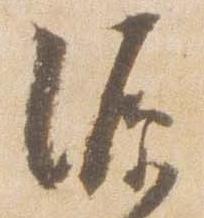
源